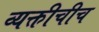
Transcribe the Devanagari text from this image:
व्यक्तीचीच